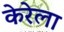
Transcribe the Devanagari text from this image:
केरेला